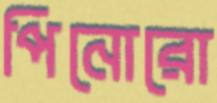
পিনোরো